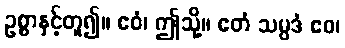
ဥစ္စာနှင့်တူ၍။ ဧဝံ၊ ဤသို့။ ဧတံ သမ္ပဒံ ဧဝ၊